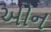
ઓન